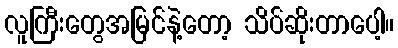
လူကြီးတွေအမြင်နဲ့တော့ သိပ်ဆိုးတာပေါ့။